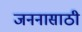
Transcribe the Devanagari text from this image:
जननासाठी